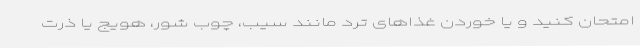
امتحان کنید و یا خوردن غذاهای ترد مانند سیب، چوب شور، هویج یا ذرت